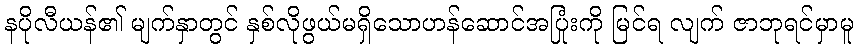
နပိုလီယန်၏ မျက်နှာတွင် နှစ်လိုဖွယ်မရှိသောဟန်ဆောင်အပြုံးကို မြင်ရ လျက် ဇာဘုရင်မှာမူ